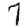
Digit: 7